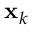
\mathbf { x } _ { k }